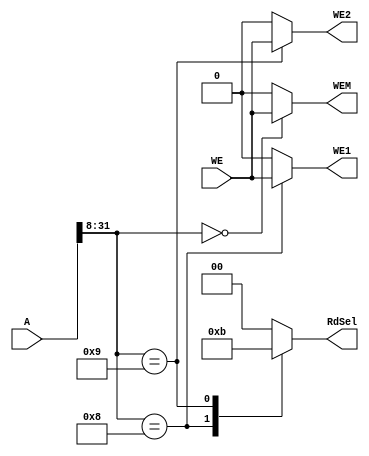
`timescale 1ns / 1ps
//////////////////////////////////////////////////////////////////////////////////
// Company: 
// Engineer: 
// 
// Design Name: 
// Module Name: Address_Decoder
// Project Name: 
// Target Devices: 
// Tool Versions: 
// Description: 
// 
// Dependencies: 
// 
// Revision:
// Revision 0.01 - File Created
// Additional Comments:
// 
//////////////////////////////////////////////////////////////////////////////////


module Address_Decoder(
    input [31:0] A,
    input WE,
    
    output reg WE1, WE2, WEM, 
    output reg [1:0] RdSel
    );
    
    always@(A, WE)begin
        casez(A) 
            32'h0000_00??: begin
                WEM <= WE; 
                WE1 <= 0; 
                WE2 <= 0; 
                RdSel <= 0; 
            end
            
            32'h0000_08??: begin
                WE1 <= WE;
                WEM <= 0;
                WE2 <= 0;  
                RdSel <= 2; 
            end
            
            32'h0000_09??: begin
                WE2 <= WE; 
                WEM <= 0;
                WE1 <= 0; 
                RdSel <= 3;                 
            end
            
            default: begin
                WEM <= 0;
                WE2 <= 0;
                WE1 <= 0; 
                RdSel <= 0; 
            end
        endcase
    end
endmodule